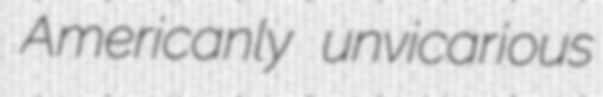
Americanly unvicarious